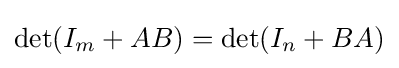
\det(I_{m}+AB)=\det(I_{n}+BA)